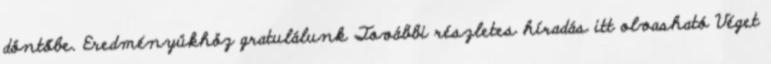
döntőbe. Eredményükhöz gratulálunk További részletes híradás itt olvasható Véget